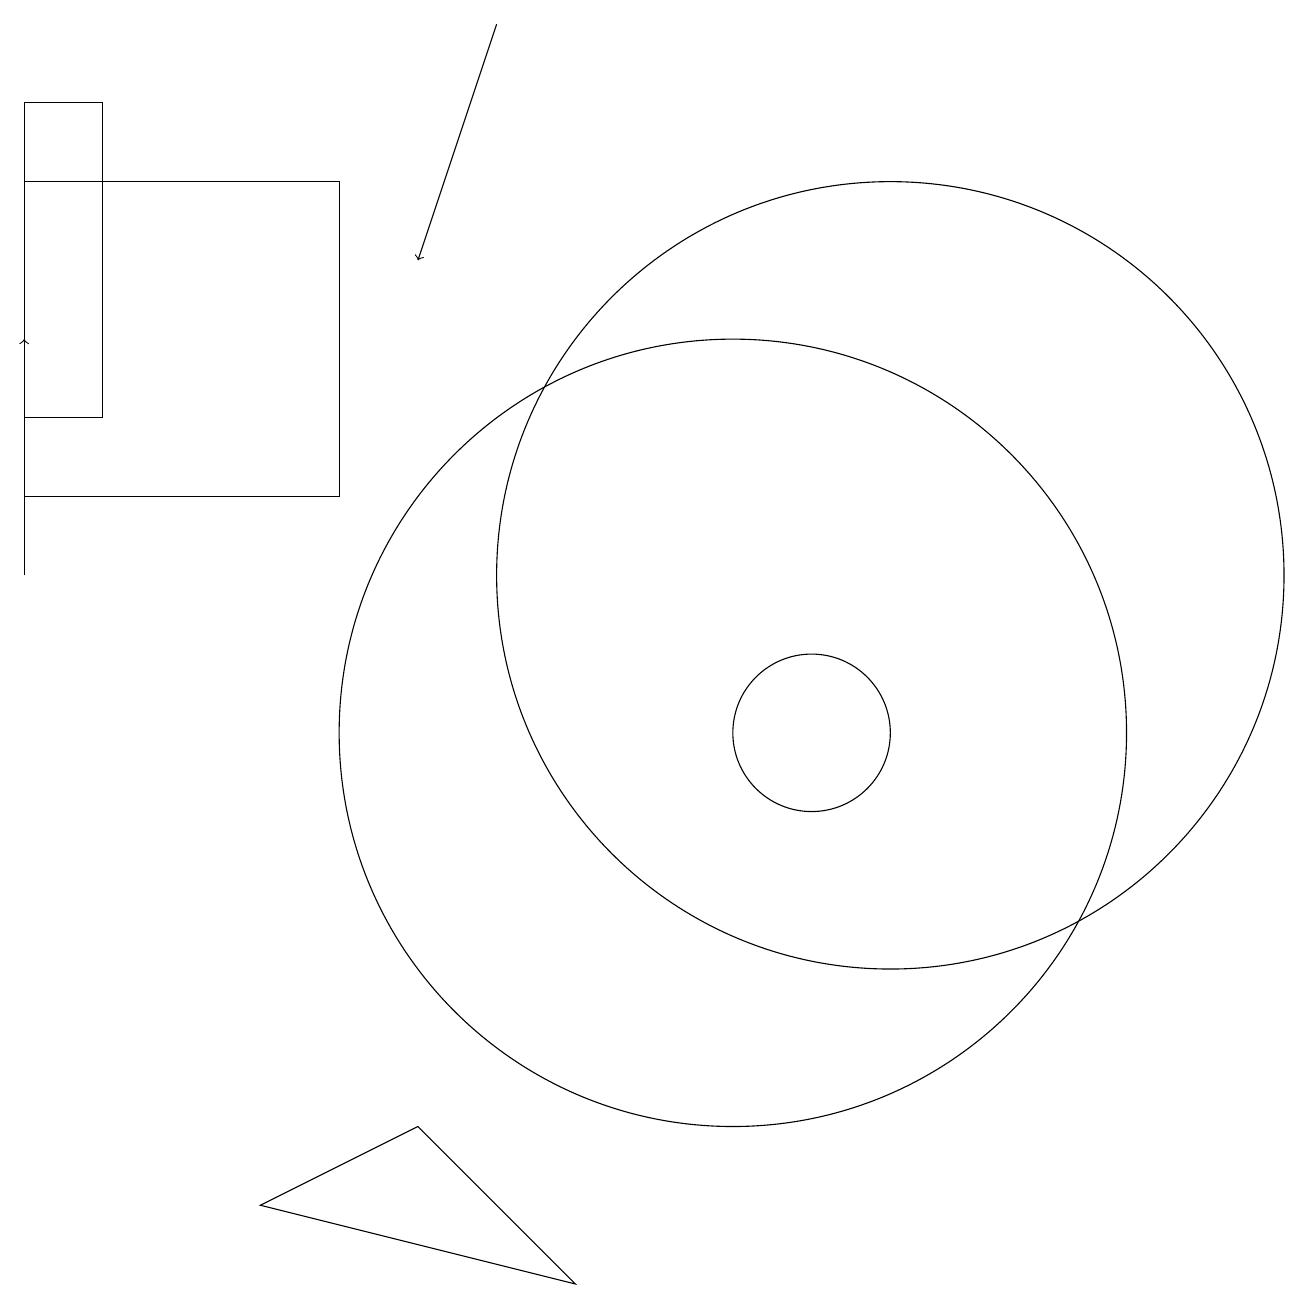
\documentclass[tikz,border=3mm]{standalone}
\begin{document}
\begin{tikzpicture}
\draw (5,13) rectangle (1,17);
\draw (1,18) rectangle (2,14);
\draw (12,12) circle (5);
\draw (11,10) circle (1);
\draw (6,5) -- (4,4) -- (8,3) -- cycle;
\draw[->] (7,19) -- (6,16);
\draw[->] (1,12) -- (1,15);
\draw (10,10) circle (5);
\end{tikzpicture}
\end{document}